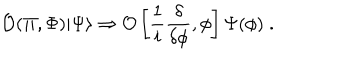
{ \cal O } ( \Pi , \Phi ) | \Psi \rangle \Rightarrow { \cal O } \left[ \frac { 1 } { i } \frac { \delta } { \delta \phi } , \phi \right] \Psi ( \phi ) \; .